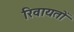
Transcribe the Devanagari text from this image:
रिवायतों